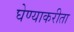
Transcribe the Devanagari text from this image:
घेण्याकरीता